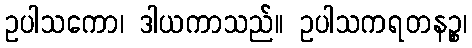
ဥပါသကော၊ ဒါယကာသည်။ ဥပါသကရတနဉ္စ၊